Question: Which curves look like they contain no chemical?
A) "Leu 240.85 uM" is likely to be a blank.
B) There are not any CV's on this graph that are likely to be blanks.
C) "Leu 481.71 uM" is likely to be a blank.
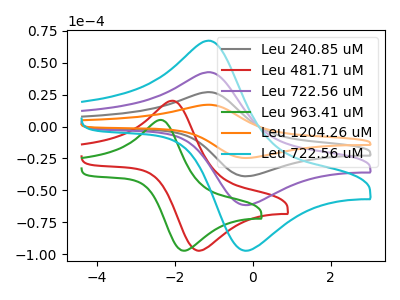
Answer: <think>The gray curve "Leu 240.85 uM" has an anodic peak at (-1.15V, 85.20uA) and a cathodic peak at (-0.20V, -123.40uA). The red curve "Leu 481.71 uM" has an anodic peak at (-2.10V, 20.20uA) and a cathodic peak at (-1.40V, -97.45uA). The purple curve "Leu 722.56 uM" has an anodic peak at (-1.15V, 42.60uA) and a cathodic peak at (-0.20V, -61.70uA). The green curve "Leu 963.41 uM" has an anodic peak at (-2.40V, 5.15uA) and a cathodic peak at (-1.75V, -97.45uA). The orange curve "Leu 1204.26 uM" has an anodic peak at (-1.15V, 127.80uA) and a cathodic peak at (-0.20V, -185.10uA). The cyan curve "Leu 722.56 uM" has an anodic peak at (-1.15V, 67.30uA) and a cathodic peak at (-0.20V, -97.45uA).</think>
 <answer>B) There are not any CV's on this graph that are likely to be blanks.</answer>
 <eval>B</eval>